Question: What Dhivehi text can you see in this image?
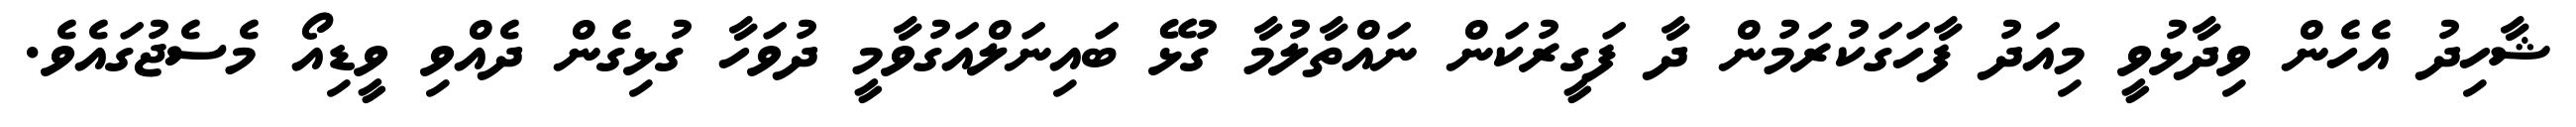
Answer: ޝާހިދު އެހެން ވިދާޅުވީ މިއަދު ފާހަގަކުރަމުން ދާ ފަގީރުކަން ނައްތާލުމާ ގުޅޭ ބައިނަލްއަގުވާމީ ދުވަހާ ގުޅިގެން ދެއްވި ވީޑިއޯ މެސެޖުގައެވެ.